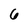
Character: 6